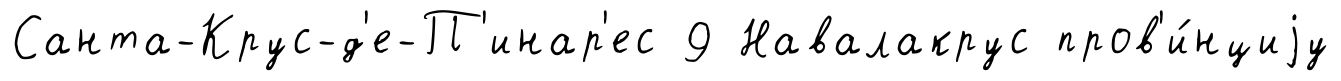
Санта-Крус-д'е-П'инар'ес 9 Навалакрус пров'и́нциjу